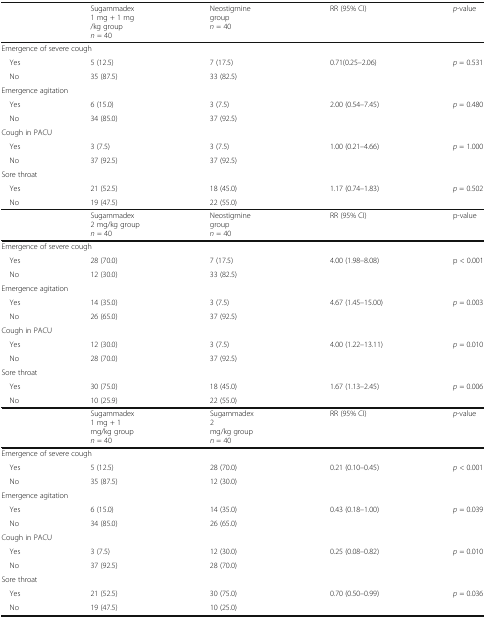
<table><thead><tr><td></td><td><b>Sugammadex1 mg + 1 mg/kg group<i>n</i> = 40</b></td><td><b>Neostigminegroup<i>n</i> = 40</b></td><td><b>RR (95% CI)</b></td><td><b><i>p</i>-value</b></td></tr></thead><tbody><tr><td colspan="5">Emergence of severe cough</td></tr><tr><td> Yes</td><td>5 (12.5)</td><td>7 (17.5)</td><td>0.71(0.25–2.06)</td><td><i>p</i> = 0.531</td></tr><tr><td> No</td><td>35 (87.5)</td><td>33 (82.5)</td><td></td><td></td></tr><tr><td colspan="5">Emergence agitation</td></tr><tr><td> Yes</td><td>6 (15.0)</td><td>3 (7.5)</td><td>2.00 (0.54–7.45)</td><td><i>p</i> = 0.480</td></tr><tr><td> No</td><td>34 (85.0)</td><td>37 (92.5)</td><td></td><td></td></tr><tr><td colspan="5">Cough in PACU</td></tr><tr><td> Yes</td><td>3 (7.5)</td><td>3 (7.5)</td><td>1.00 (0.21–4.66)</td><td><i>p</i> = 1.000</td></tr><tr><td> No</td><td>37 (92.5)</td><td>37 (92.5)</td><td></td><td></td></tr><tr><td colspan="5">Sore throat</td></tr><tr><td> Yes</td><td>21 (52.5)</td><td>18 (45.0)</td><td>1.17 (0.74–1.83)</td><td><i>p</i> = 0.502</td></tr><tr><td> No</td><td>19 (47.5)</td><td>22 (55.0)</td><td></td><td></td></tr><tr><td></td><td>Sugammadex2 mg/kg group<i>n</i> = 40</td><td>Neostigminegroup<i>n</i> = 40</td><td>RR (95% CI)</td><td>p-value</td></tr><tr><td colspan="5">Emergence of severe cough</td></tr><tr><td> Yes</td><td>28 (70.0)</td><td>7 (17.5)</td><td>4.00 (1.98–8.08)</td><td>p &lt; 0.001</td></tr><tr><td> No</td><td>12 (30.0)</td><td>33 (82.5)</td><td></td><td></td></tr><tr><td colspan="5">Emergence agitation</td></tr><tr><td> Yes</td><td>14 (35.0)</td><td>3 (7.5)</td><td>4.67 (1.45–15.00)</td><td><i>p</i> = 0.003</td></tr><tr><td> No</td><td>26 (65.0)</td><td>37 (92.5)</td><td></td><td></td></tr><tr><td colspan="5">Cough in PACU</td></tr><tr><td> Yes</td><td>12 (30.0)</td><td>3 (7.5)</td><td>4.00 (1.22–13.11)</td><td><i>p</i> = 0.010</td></tr><tr><td> No</td><td>28 (70.0)</td><td>37 (92.5)</td><td></td><td></td></tr><tr><td colspan="5">Sore throat</td></tr><tr><td> Yes</td><td>30 (75.0)</td><td>18 (45.0)</td><td>1.67 (1.13–2.45)</td><td><i>p</i> = 0.006</td></tr><tr><td> No</td><td>10 (25.9)</td><td>22 (55.0)</td><td></td><td></td></tr><tr><td></td><td>Sugammadex1 mg + 1 mg/kg group<i>n</i> = 40</td><td>Sugammadex 2 mg/kg group<i>n</i> = 40</td><td>RR (95% CI)</td><td><i>p</i>-value</td></tr><tr><td colspan="5">Emergence of severe cough</td></tr><tr><td> Yes</td><td>5 (12.5)</td><td>28 (70.0)</td><td>0.21 (0.10–0.45)</td><td><i>p</i> &lt; 0.001</td></tr><tr><td> No</td><td>35 (87.5)</td><td>12 (30.0)</td><td></td><td></td></tr><tr><td colspan="5">Emergence agitation</td></tr><tr><td> Yes</td><td>6 (15.0)</td><td>14 (35.0)</td><td>0.43 (0.18–1.00)</td><td><i>p</i> = 0.039</td></tr><tr><td> No</td><td>34 (85.0)</td><td>26 (65.0)</td><td></td><td></td></tr><tr><td colspan="5">Cough in PACU</td></tr><tr><td> Yes</td><td>3 (7.5)</td><td>12 (30.0)</td><td>0.25 (0.08–0.82)</td><td><i>p</i> = 0.010</td></tr><tr><td> No</td><td>37 (92.5)</td><td>28 (70.0)</td><td></td><td></td></tr><tr><td colspan="5">Sore throat</td></tr><tr><td> Yes</td><td>21 (52.5)</td><td>30 (75.0)</td><td>0.70 (0.50–0.99)</td><td><i>p</i> = 0.036</td></tr><tr><td> No</td><td>19 (47.5)</td><td>10 (25.0)</td><td></td><td></td></tr></tbody></table>